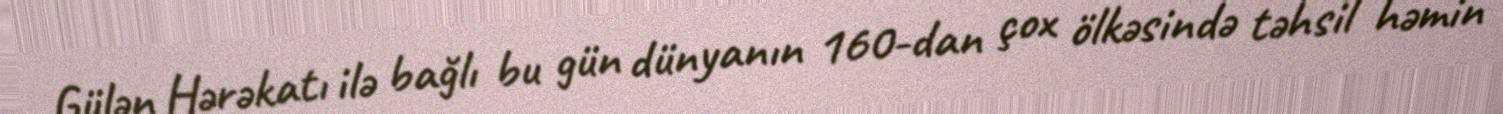
Gülən Hərəkatı ilə bağlı bu gün dünyanın 160-dan çox ölkəsində təhsil həmin